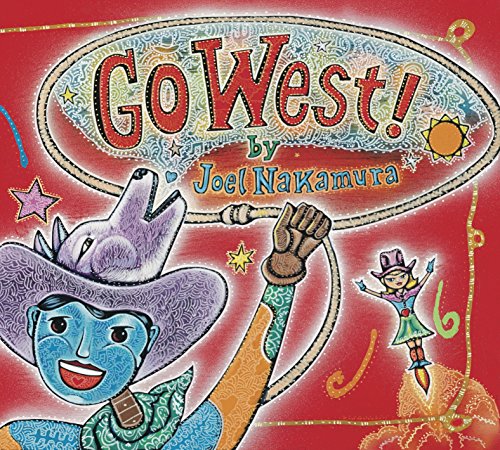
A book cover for Go West!; Joel Nakamura; Children's Books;